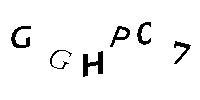
GGHPC7